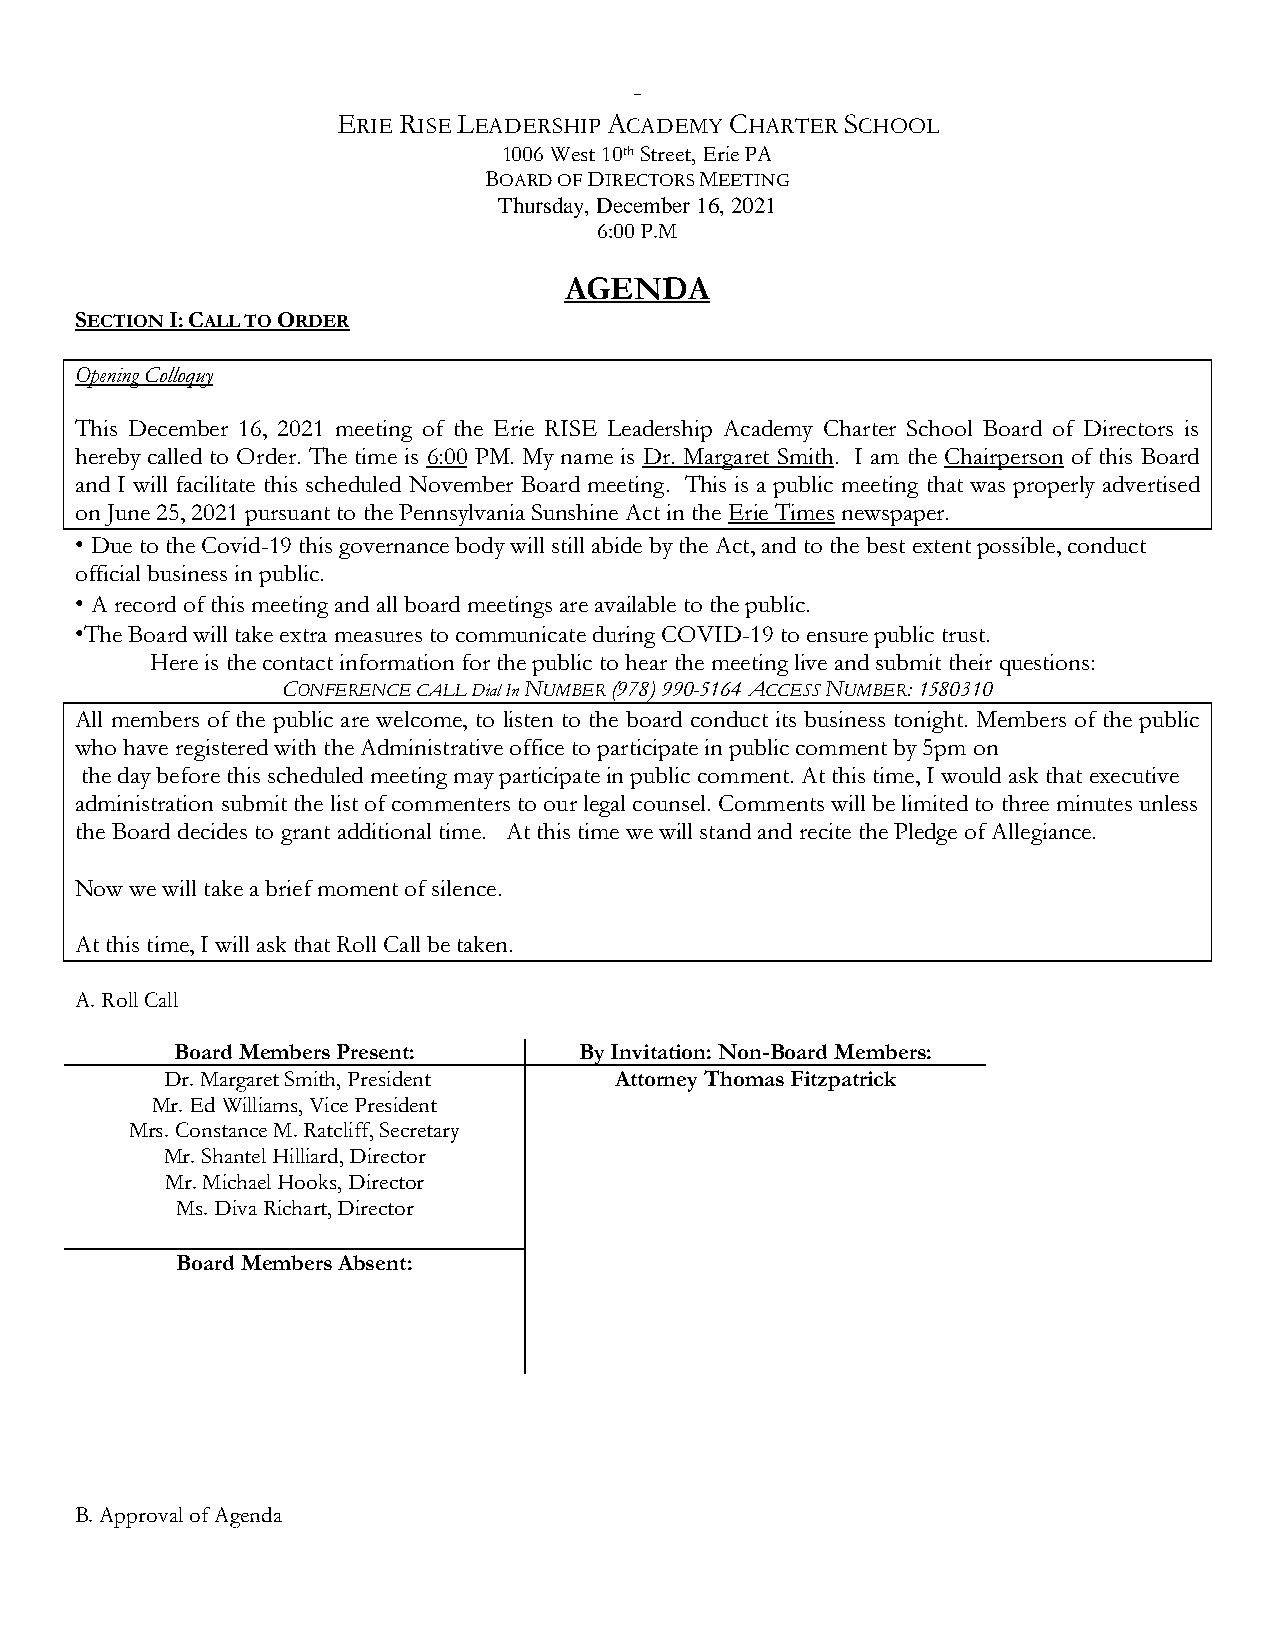
-
 ERIE RISE LEADERSHIP ACADEMY CHARTER SCHOOL
 1006 West 10th Street, Erie PA
 BOARD OF DIRECTORS MEETING
 Thursday, December 16, 2021
 6:00 P.M
 AGENDA
 SECTION I: CALL TO ORDER
 Opening Colloquy
 This December 16, 2021 meeting of the Erie RISE Leadership Academy Charter School Board of Directors is
 hereby called to Order. The time is 6:00 PM. My name is Dr. Margaret Smith. I am the Chairperson of this Board
 and I will facilitate this scheduled November Board meeting. This is a public meeting that was properly advertised
 on June 25, 2021 pursuant to the Pennsylvania Sunshine Act in the Erie Times newspaper.
 • Due to the Covid-19 this governance body will still abide by the Act, and to the best extent possible, conduct
 official business in public.
 • A record of this meeting and all board meetings are available to the public.
 •The Board will take extra measures to communicate during COVID-19 to ensure public trust.
 Here is the contact information for the public to hear the meeting live and submit their questions:
 CONFERENCE CALL Dial In NUMBER (978) 990-5164 ACCESS NUMBER: 1580310
 All members of the public are welcome, to listen to the board conduct its business tonight. Members of the public
 who have registered with the Administrative office to participate in public comment by 5pm on
 the day before this scheduled meeting may participate in public comment. At this time, I would ask that executive
 administration submit the list of commenters to our legal counsel. Comments will be limited to three minutes unless
 the Board decides to grant additional time. At this time we will stand and recite the Pledge of Allegiance.
 Now we will take a brief moment of silence.
 At this time, I will ask that Roll Call be taken.
 A. Roll Call
 Board Members Present:    By Invitation: Non-Board Members:
 Dr. Margaret Smith, President Attorney Thomas Fitzpatrick
 Mr. Ed Williams, Vice President
 Mrs. Constance M. Ratcliff, Secretary
 Mr. Shantel Hilliard, Director
 Mr. Michael Hooks, Director
 Ms. Diva Richart, Director
 Board Members Absent:
 B. Approval of Agenda